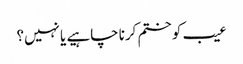
عیب کو ختم کرنا چاہیے یا نہیں؟